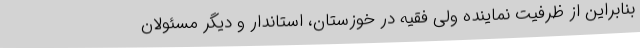
بنابراین از ظرفیت نماینده ولی فقیه در خوزستان، استاندار و دیگر مسئولان